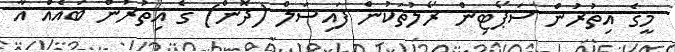
މީގެ އިތުރުން ސަޕޯޓިން ރޯލުތަކުން ފައިސަލް (ދޮން) ގެ އިތުރުން ބައެއް އާ